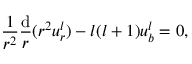
\frac { 1 } { r ^ { 2 } } \frac { \mathrm { d } } { r } ( r ^ { 2 } u _ { r } ^ { l } ) - l ( l + 1 ) u _ { b } ^ { l } = 0 ,